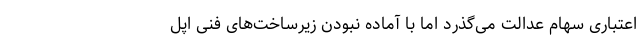
اعتباری سهام عدالت می‌گذرد اما با آماده نبودن زیرساخت‌های فنی اپل